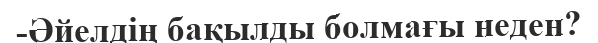
-Әйелдің бақылды болмағы неден?